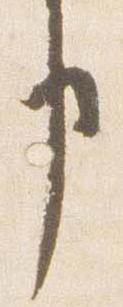
申